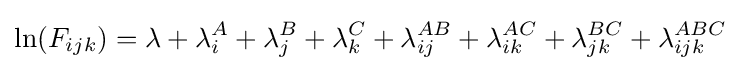
\ln(F_{ijk})=\lambda +\lambda _{i}^{A}+\lambda _{j}^{B}+\lambda _{k}^{C}+\lambda _{ij}^{AB}+\lambda _{ik}^{AC}+\lambda _{jk}^{BC}+\lambda _{ijk}^{ABC}